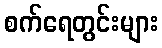
စက်ရေတွင်းများ